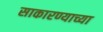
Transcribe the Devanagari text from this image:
साकारण्याच्या